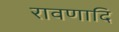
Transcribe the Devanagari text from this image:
रावणादि